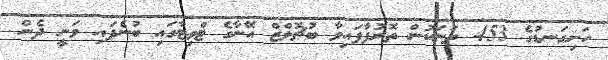
ހަށިގަނޑުގެ 453 ތަނަކުން ތޮރުފާފައިވާ ބުޗޮލްޒް އޭނާގެ ޓްވިޓާގައި ބުނެފައި ވަނީ ދެން